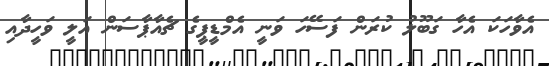
އެވާހަކަ އެހާ ގަބޫލު ކުރަން ފަސޭހަ ވަނީ އެމްޑީޕީގެ ޗެއާޕާސަން އަލީ ވަހީދާއި